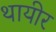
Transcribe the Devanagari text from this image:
थायीर